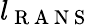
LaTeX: l_{\mathrm{~R~A~N~S~}}